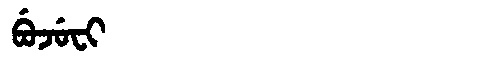
Manchu: ᠪᡠᠵᡠᠸᡳ
Romanization: BUJUFI